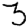
Digit: 3